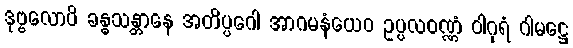
ဒုဗ္ဗလောပိ ခန္ဓသန္တာနေ အတိပ္ပဂေါ အာဂမနံယေဝ ဥပ္ပလဝဏ္ဏံ ဝါဂုရံ ဂါမဋ္ဌေ